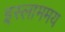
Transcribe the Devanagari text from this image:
इस्लाममय